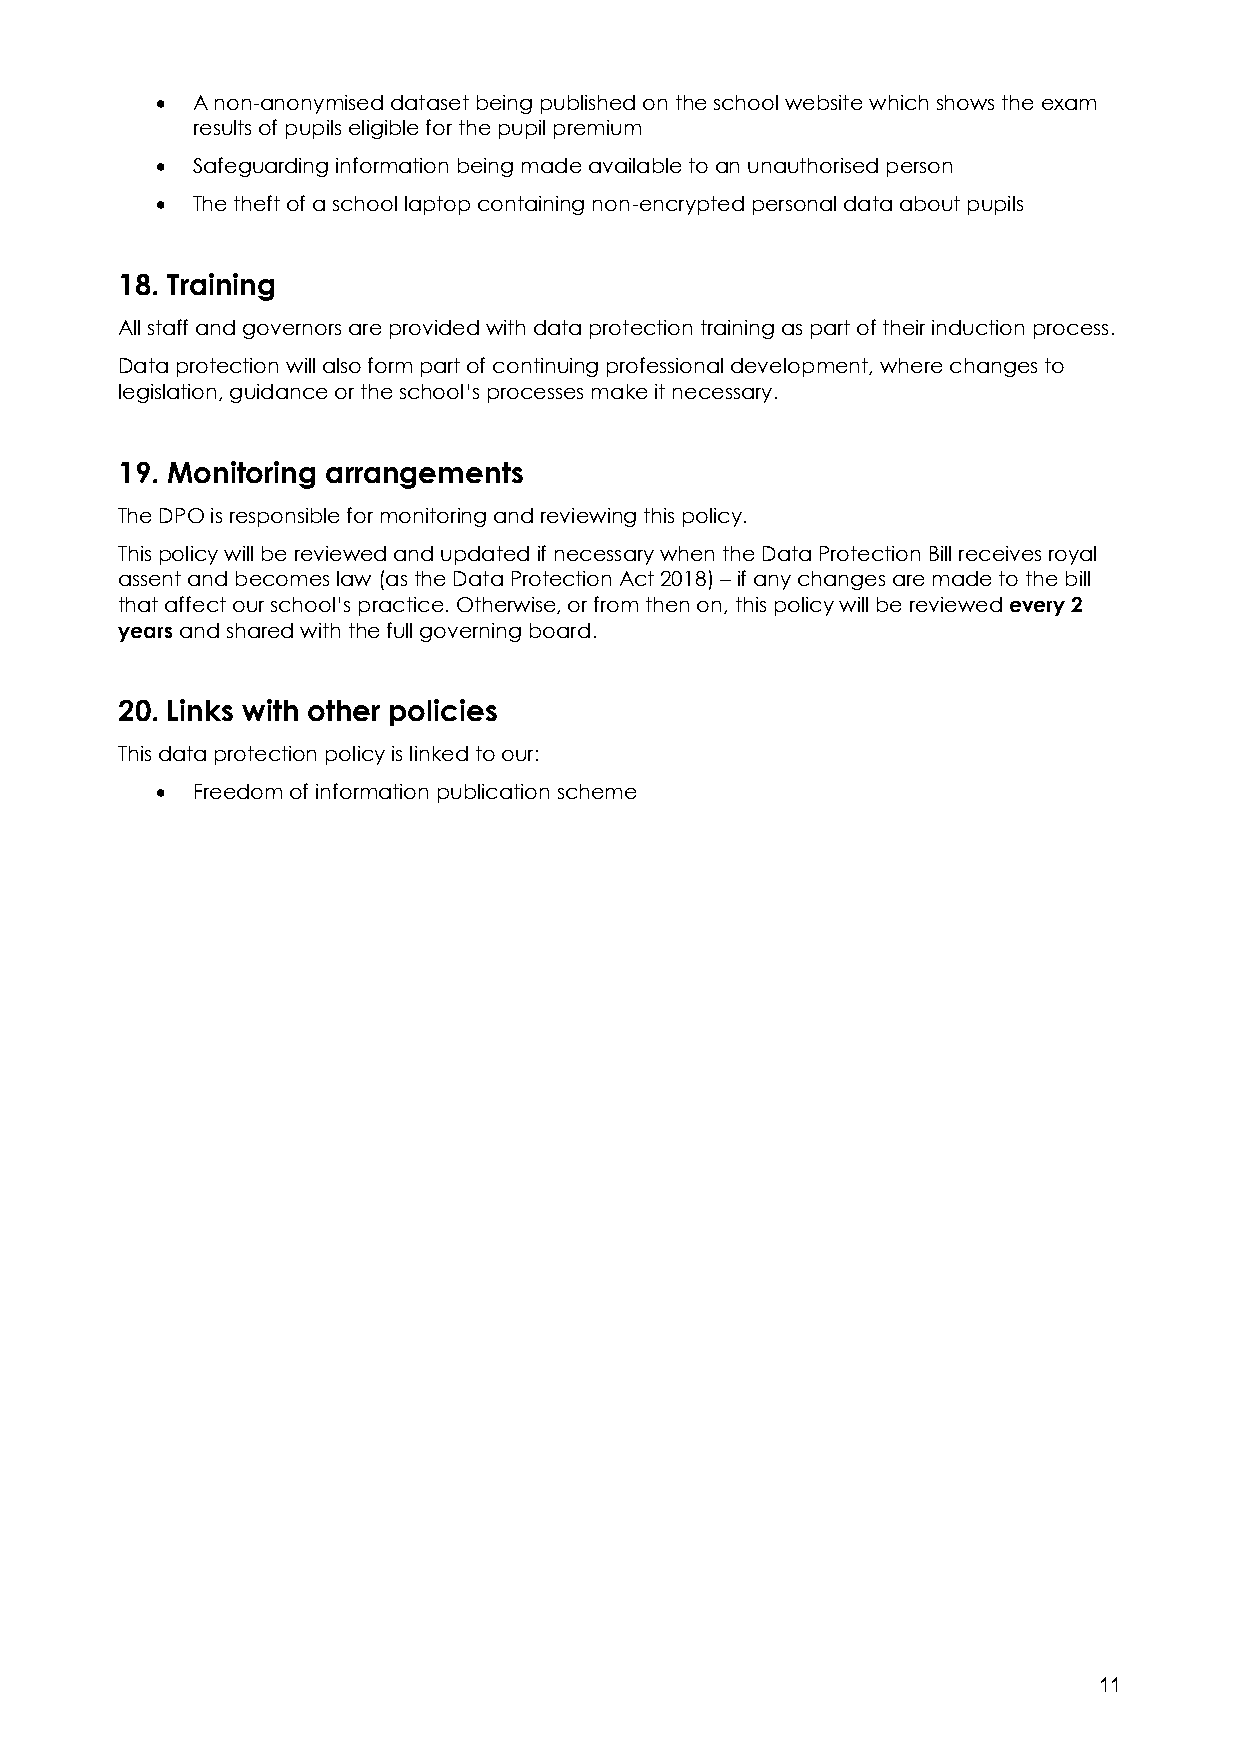
•  A non-anonymised dataset being published on the school website which shows the exam
 results of pupils eligible for the pupil premium
 •  Safeguarding information being made available to an unauthorised person
 •  The theft of a school laptop containing non-encrypted personal data about pupils
 18. Training
 All staff and governors are provided with data protection training as part of their induction process.
 Data protection will also form part of continuing professional development, where changes to
 legislation, guidance or the school’s processes make it necessary.
 19. Monitoring arrangements
 The DPO is responsible for monitoring and reviewing this policy.
 This policy will be reviewed and updated if necessary when the Data Protection Bill receives royal
 assent and becomes law (as the Data Protection Act 2018) – if any changes are made to the bill
 that affect our school’s practice. Otherwise, or from then on, this policy will be reviewed every 2
 years and shared with the full governing board.
 20. Links with other policies
 This data protection policy is linked to our:
 •  Freedom of information publication scheme
 11